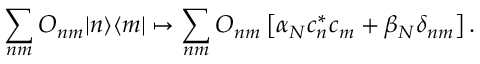
\sum _ { n m } { O } _ { n m } | n \rangle \langle m | \mapsto \sum _ { n m } O _ { n m } \left[ \alpha _ { N } c _ { n } ^ { * } c _ { m } + \beta _ { N } \delta _ { n m } \right] .